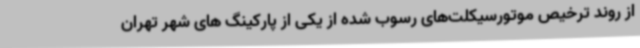
از روند ترخیص موتورسیکلت‌های رسوب شده از یکی از پارکینگ های شهر تهران